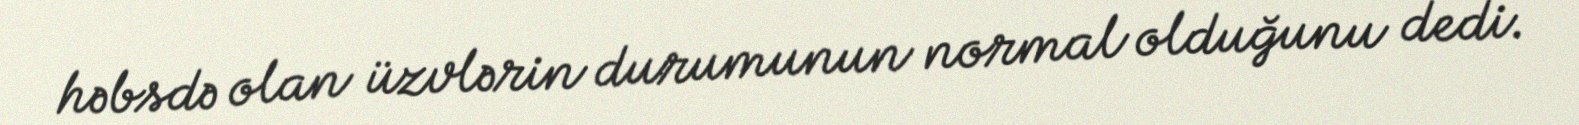
həbsdə olan üzvlərin durumunun normal olduğunu dedi.